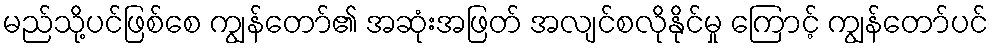
မည်သို့ပင်ဖြစ်စေ ကျွန်တော်၏ အဆုံးအဖြတ် အလျင်စလိုနိုင်မှု ကြောင့် ကျွန်တော်ပင်